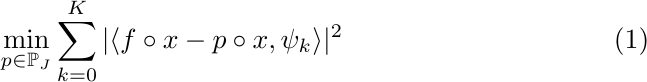
\begin{equation}\label{eq:pjk_min}
\min_{p\in \mathbb{P}_J} \sum_{k=0}^K |\langle f\circ x - p \circ x,\psi_k\rangle|^2
\end{equation}